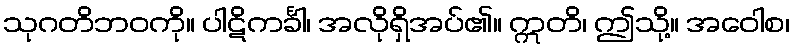
သုဂတိဘဝကို။ ပါဋိကင်္ခါ၊ အလိုရှိအပ်၏။ ဣတိ၊ ဤသို့။ အဝေါစ၊